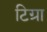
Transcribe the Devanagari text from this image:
टिग्रा